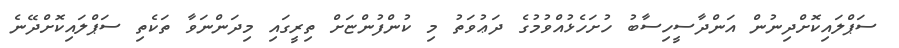
ސަޕްލައިކޮށްދިނުން އަންދާސީހިސާބު ހުށަހެޅުއްވުމުގެ ދަޢުވަތު މި ކުންފުންޏަށް ތިރީގައި މިދަންނަވާ ތަކެތި ސަޕްލައިކޮށްދޭނެ